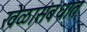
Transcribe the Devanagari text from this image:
खेळासंबंधात